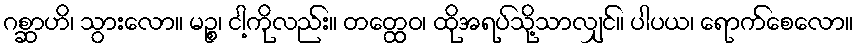
ဂစ္ဆာဟိ၊ သွားလော။ မဉ္စ၊ ငါ့ကိုလည်း။ တတ္ထေဝ၊ ထိုအရပ်သို့သာလျှင်။ ပါပယ၊ ရောက်စေလော။